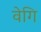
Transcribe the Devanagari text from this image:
वेगि